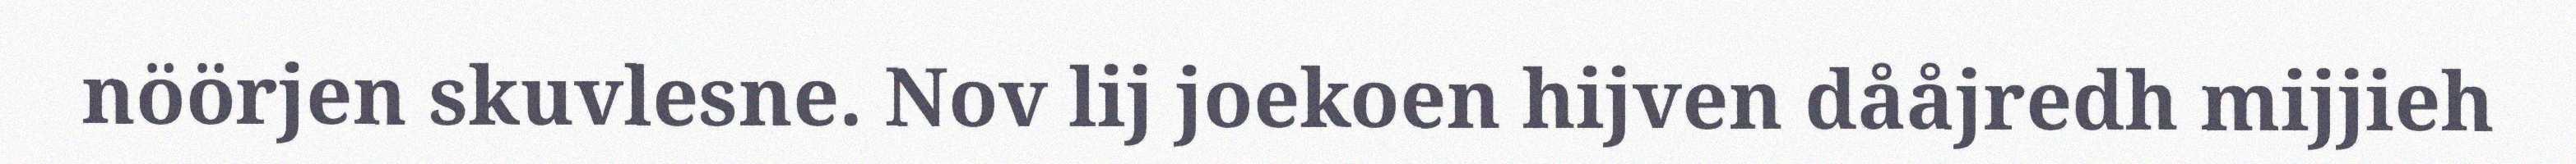
nöörjen skuvlesne. Nov lij joekoen hijven dååjredh mijjieh